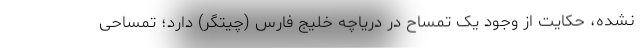
نشده، حکایت از وجود یک تمساح در دریاچه خلیج فارس (چیتگر) دارد؛ تمساحی